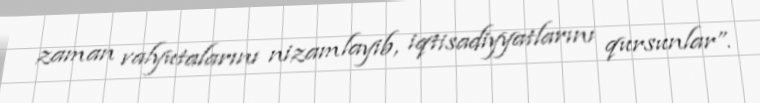
zaman valyutalarını nizamlayib, iqtisadiyyatlarını qursunlar”.